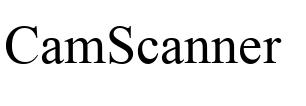
CamScanner